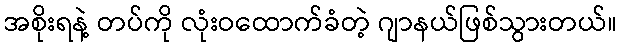
အစိုးရနဲ့ တပ်ကို လုံးဝထောက်ခံတဲ့ ဂျာနယ်ဖြစ်သွားတယ်။